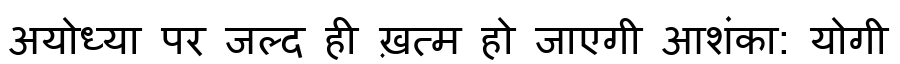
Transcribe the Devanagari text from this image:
अयोध्या पर जल्द ही ख़त्म हो जाएगी आशंका: योगी